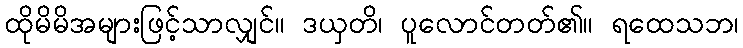
ထိုမိမိအများဖြင့်သာလျှင်။ ဒယှတိ၊ ပူလောင်တတ်၏။ ရထေသဘ၊